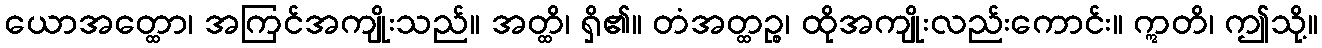
ယောအတ္ထော၊ အကြင်အကျိုးသည်။ အတ္ထိ၊ ရှိ၏။ တံအတ္ထဉ္စ၊ ထိုအကျိုးလည်းကောင်း။ ဣတိ၊ ဤသို့။